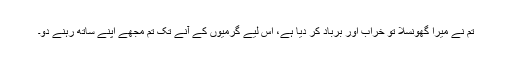
تم نے میرا گھونسلا تو خراب اور برباد کر دیا ہے، اس لیے گرمیوں کے آنے تک تم مجھے اپنے ساتھ رہنے دو۔